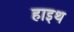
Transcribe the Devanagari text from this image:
हाइथ